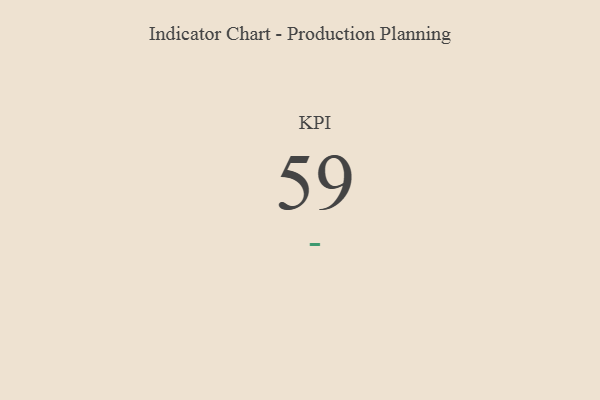
{"axis": {"x": "KPI", "y": "Value"}, "legend": [""], "data": [{"x": "KPI", "y": 59, "type": ""}]}